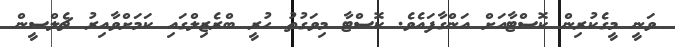
ވަނީ މީގެކުރިން ކޮސްޓާއަށް އަންގާފައެވެ. ކޮސްޓާ މިވަގުތު ހުރީ ބްރެޒިލްގައި ކަމަށްވާއިރު ޗެލްސީން